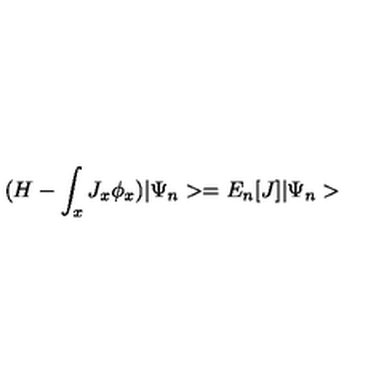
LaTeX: ( H - \int _ { x } J _ { x } \phi _ { x } ) | \Psi _ { n } > = E _ { n } [ J ] | \Psi _ { n } >